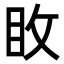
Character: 𭾢